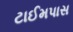
ટાઈમપાસ